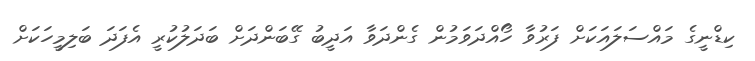
ކިޑްނީގެ މައްސަލައަކަށް ފަރުވާ ހޯއްދަވަމުން ގެންދަވާ އަދީބު ގޭބަންދަށް ބަދަލުކުރީ އެފަދަ ބަލިމީހަކަށް